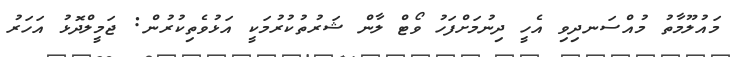
މައުލޫމާތު މުއްސަނދިވި އެހީ ދިނުމަށްފަހު ވޯޓް ލާން ޝަރުތުކުރުމަކީ އަޅުވެތިކުރުން: ޖަމީލްދޮޅު އަހަރު